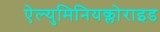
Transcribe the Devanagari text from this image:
ऐल्युमिनियक्लोराइड